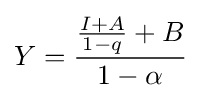
Y={\frac {{\frac {I+A}{1-q}}+B}{1-\alpha }}\,\